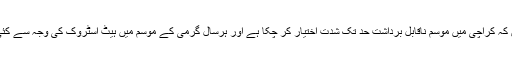
یہ بات ذہن میں رکھیں کہ کراچی میں موسم ناقابلِ برداشت حد تک شدت اختیار کر چکا ہے اور ہرسال گرمی کے موسم میں ہیٹ اسٹروک کی وجہ سے کئی جانیں چلی جاتی ہیں۔